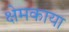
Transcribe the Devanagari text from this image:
क्षेमकाया